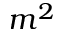
m ^ { 2 }